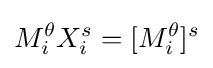
M_{i}^{\theta }X_{i}^{s}=[M_{i}^{\theta }]^{s}